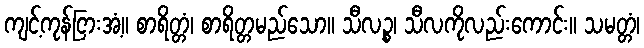
ကျင့်ကုန်ငြားအံ့။ စာရိတ္တံ၊ စာရိတ္တမည်သော။ သီလဉ္စ၊ သီလကိုလည်းကောင်း။ သမတ္တံ၊